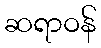
ဆရာဝန်